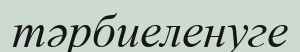
тәрбиеленуге